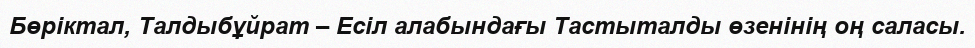
Бөріктал, Талдыбұйрат – Есіл алабындағы Тастыталды өзенінің оң саласы.